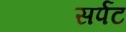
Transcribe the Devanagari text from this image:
सर्पट